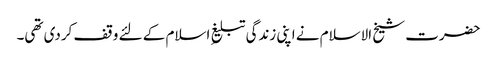
حضرت شیخ الاسلام نے اپنی زندگی تبلیغِ اسلام کے لئے وقف کردی تھی۔